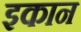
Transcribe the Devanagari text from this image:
इकान